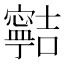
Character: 𡫸